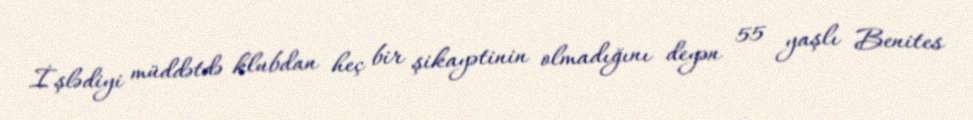
İşlədiyi müddətdə klubdan heç bir şikayətinin olmadığını deyən 55 yaşlı Benites